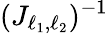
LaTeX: (J_{\ell_{1},\ell_{2}})^{-1}